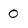
Character: 0